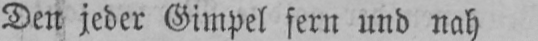
Den jeder Gimpel fern und nah